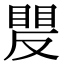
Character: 𥈍